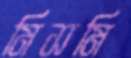
মিসমি